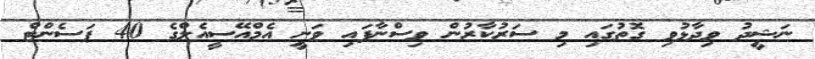
ނަޝީދު ވިދާޅުވި ގޮތުގައި މި ސަރުކާރުން ވިސްނާފައި ވަނީ އެމްއޭސީއެލްގެ 40 ޕަސެންޓް